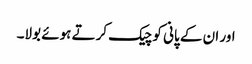
اور ان کے پانی کو چیک کرتے ہوئے بولا۔